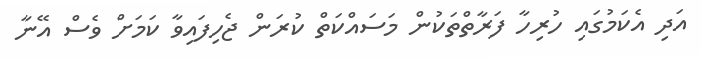
އަދި އެކަމުގައި ހުރިހާ ފަރާތްތަކުން މަސައްކަތް ކުރަން ޖެހިފައިވާ ކަމަށް ވެސް އޭނާ